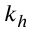
k _ { h }